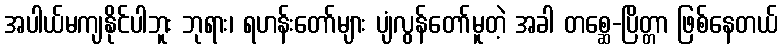
အပါယ်မကျနိုင်ပါဘူး ဘုရား၊ ရဟန်းတော်များ ပျံလွန်တော်မူတဲ့ အခါ တစ္ဆေ-ပြိတ္တာ ဖြစ်နေတယ်